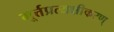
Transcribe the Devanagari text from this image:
मूर्त्तप्रत्यक्षीकरण्